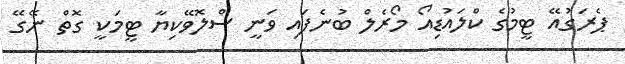
ޕެރަގުއޭ ޓީމުގެ ކްލައުޑިއޯ މޯރެލް ބުނެފައި ވަނީ ސްލޮވޭކިޔާ ޓީމަކީ ގޮތް ނޭގޭ